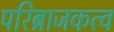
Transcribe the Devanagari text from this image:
परिब्राजकत्व